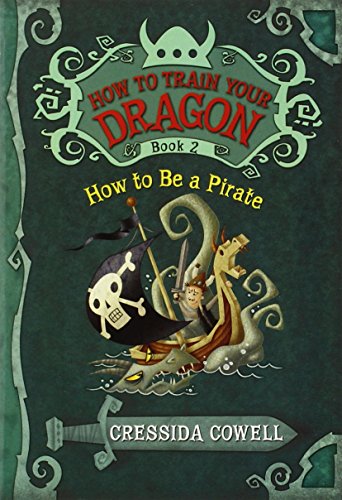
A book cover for How to Train Your Dragon: How to Be a Pirate; Cressida Cowell; Children's Books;